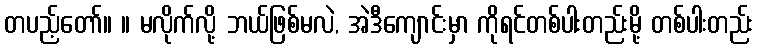
တပည့်တော်။ ။ မလိုက်လို့ ဘယ်ဖြစ်မလဲ, အဲဒီကျောင်းမှာ ကိုရင်တစ်ပါးတည်းမို့ တစ်ပါးတည်း